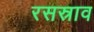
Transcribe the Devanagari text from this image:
रसस्राव